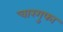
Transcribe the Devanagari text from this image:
चारगुफा